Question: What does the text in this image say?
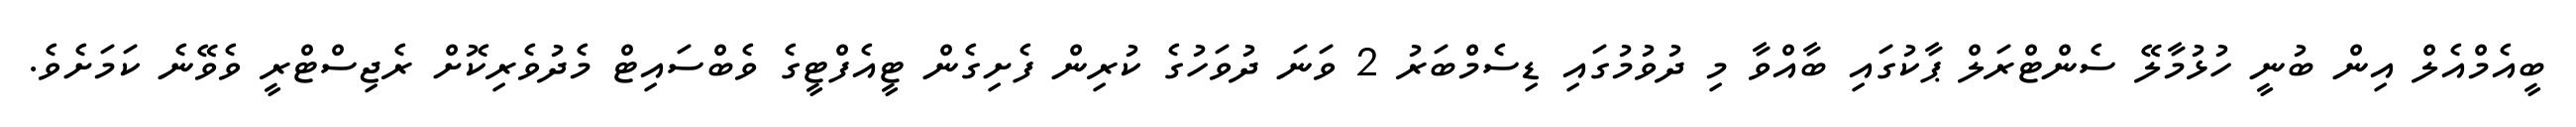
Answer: ބީއެމްއެލް އިން ބުނީ ހުޅުމާލޭ ސެންޓްރަލް ޕާކުގައި ބާއްވާ މި ދުވުމުގައި ޑިސެމްބަރު 2 ވަނަ ދުވަހުގެ ކުރިން ފެށިގެން ޓީއެފްޓީގެ ވެބްސައިޓް މެދުވެރިކޮށް ރެޖިސްޓްރީ ވެވޭނެ ކަމަށެވެ.